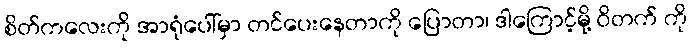
စိတ်ကလေးကို အာရုံပေါ်မှာ တင်ပေးနေတာကို ပြောတာ၊ ဒါကြောင့်မို့ ဝိတက် ကို